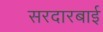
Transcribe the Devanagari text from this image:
सरदारबाई